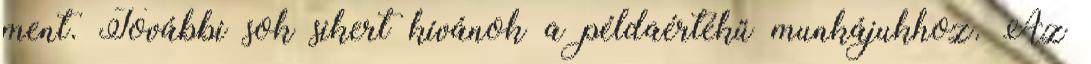
ment. További sok sikert kívánok a példaértékű munkájukhoz. Az